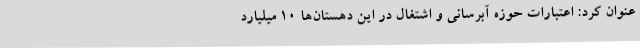
عنوان کرد: اعتبارات حوزه آبرسانی و اشتغال در این دهستان‌ها 10 میلیارد